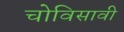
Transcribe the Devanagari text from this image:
चोविसावी